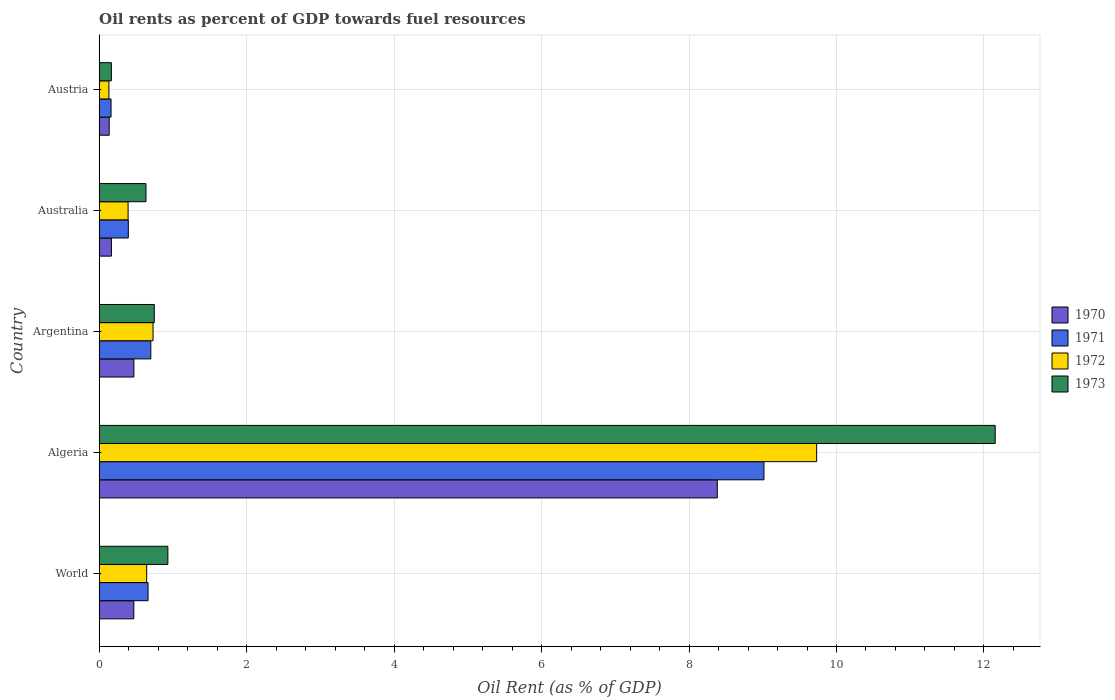
| Country | 1970 | 1971 | 1972 | 1973 |
 | --- | --- | --- | --- | --- |
 | World | 0.469 | 0.663 | 0.644 | 0.931 |
 | Algeria | 8.38 | 9.02 | 9.73 | 12.2 |
 | Argentina | 0.47 | 0.7 | 0.73 | 0.747 |
 | Australia | 0.165 | 0.395 | 0.392 | 0.634 |
 | Austria | 0.135 | 0.16 | 0.132 | 0.165 |